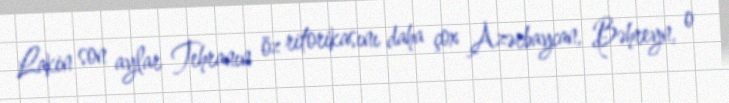
Lakin son aylar Tehranın öz ritorikasını daha çox Azərbaycan, Bəhreyn, o